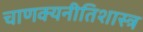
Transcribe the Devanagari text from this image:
चाणक्यनीतिशास्त्र